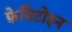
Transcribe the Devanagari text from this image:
फ़ेनिटोइन